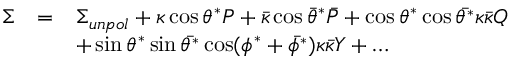
\begin{array} { r c l } { { \Sigma } } & { { = } } & { { \Sigma _ { u n p o l } + \kappa \cos \theta ^ { * } { \cal P } + \bar { \kappa } \cos \bar { \theta } ^ { * } \bar { { \cal P } } + \cos \theta ^ { * } \cos \bar { \theta ^ { * } } \kappa \bar { \kappa } { \cal Q } } } \\ { { } } & { { } } & { { + \sin \theta ^ { * } \sin \bar { \theta ^ { * } } \cos ( \phi ^ { * } + \bar { \phi ^ { * } } ) \kappa \bar { \kappa } { \cal Y } + \dots } } \end{array}